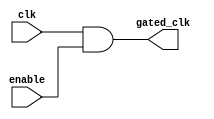
module clock_gating_cell (
    input wire clk,         // Global clock input
    input wire enable,      // Enable signal
    output wire gated_clk   // Gated clock output
);
    // Gated clock is the AND of the global clock and enable signal
    assign gated_clk = clk & enable;
endmodule